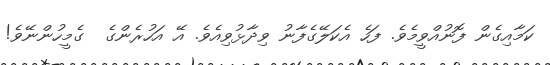
ކަމާއިގެން ފޮނުއްވީމެވެ. ފަހެ އެކަލޭގެފާނު ވިދާޅުވިއެވެ. އޭ އަހުރެންގެ  ގެމީހުންނޭވެ!